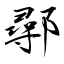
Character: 鄩